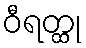
ဝီရတ္ထု